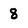
Character: 8